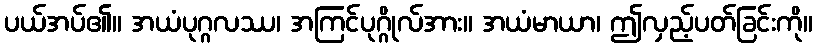
ပယ်အပ်၏။ အယံပုဂ္ဂလဿ၊ အကြင်ပုဂ္ဂိုလ်အား။ အယံမာယာ၊ ဤလှည့်ပတ်ခြင်းကို။